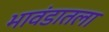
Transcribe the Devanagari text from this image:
भावंडातला